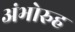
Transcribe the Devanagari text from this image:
अंभोरुह